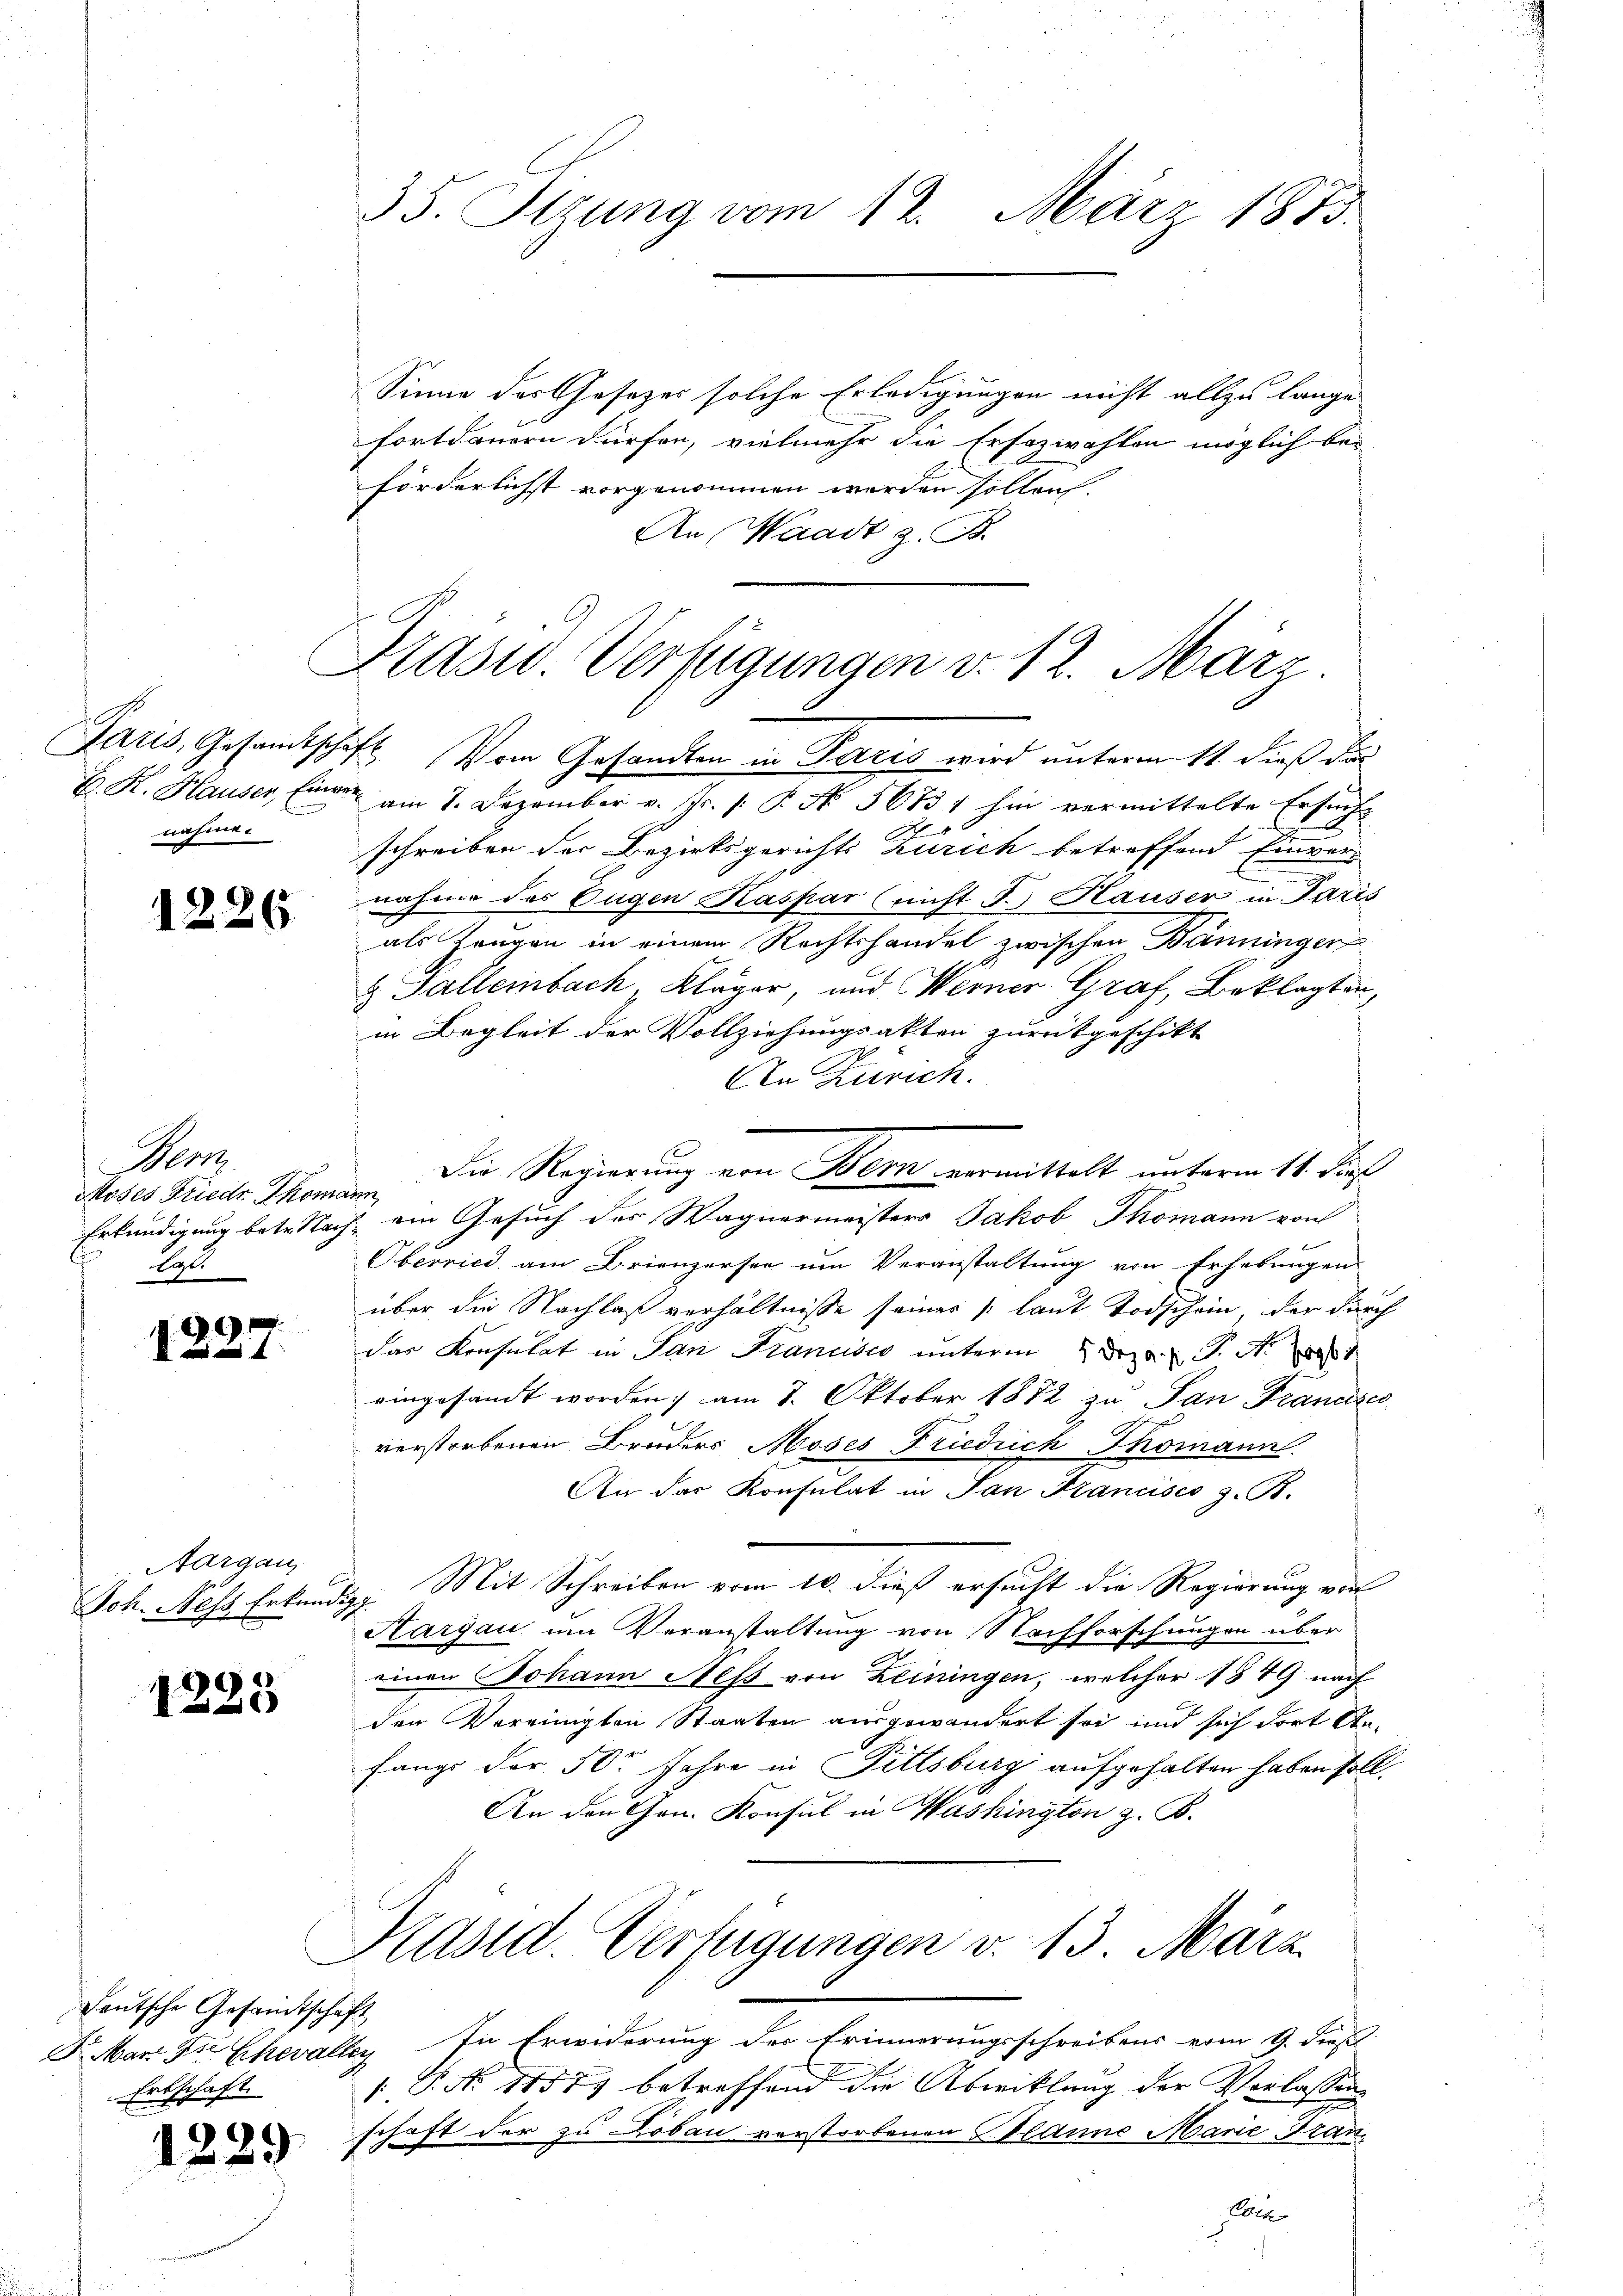
nahme.

1226

Ner
Moses Friedr. Thomann
Lat

1
121

Aargau,
Joh. Ness Erkund

1223

Deutsche Gesandtschaft
Erbschaft.

1229

35. Stzung vom 12. März 1873.

Sinne des Gesetzes solche Erledigungen nicht allzu lange
fortdauern dürfen, vielmehr die Ersozwahlen möglich bei
förderlichst vorgenommen werden sollen.
An Waadt z. B.

Drasw. Verfügungen v. 12. März

Die Regierung von Bern vormittelt unterm 14. Die

Paris, Gesandtschaft vom Gesandten in Paris wird unterm 11. dieß der
H. K. Hauser Einer am 7. Dezember v. Js. s. P. No. 56831 hin vermittelte Ersuch
.
schreiben der Bezirksgerichts Zürich betreffend Einvernahme das Eugen Kaspar (nicht J. Hauser in Paris
als Zeugen in einem Rechtshandel zwischen Bänninger
& Palleinbach „Kläger, und Werner Graf, Beklagten,
in Begleit der Vollziehungsakten zurükgeschikt
Den Zürich.
d
Erkundigung betr. Nach ein Gesuch des Wagnermeisters Jakob Thomann von
Oberrich am Brienzersee um Veranstaltung von Erhebungen
über die Nachlaß verhältnisse seiner (laut Todschein, der durch
das Konsulat in San Francisco unterm 2. d. M.
eingesandt worden; am 8. Oktober 1872 zu San Francisco
verstorbenen Bruders Moses Friedrich Thomann.
An das Konsulat in San Francisco z. B.
Mit Schreiben vom 10. dieß ersucht die Regierung von
e
Hargau um Veranstaltung von Nachforschungen über
einen Johann Ness von Leiningen, welcher 1849 nach
den Vereinigten Staaten ausgewandert sei und sich dort Anfangs der 50r Jahre in Fittsburg aufgehalten haben soll.
An den Hrn. Konsul in Washington z. B.
Käsid. Verfügungen v. 13. März.
F. März die Chevalley In Erwiderung der Erinnerungsschreibens vom 9. dieß
s P. No 11577 betreffend die Abwicklung der Verlassung
schaft der zu Lobau verstorbenen Planna Marie Fran¬
Al